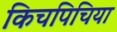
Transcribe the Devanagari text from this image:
किचपिचिया